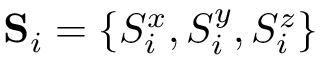
\mathbf { S } _ { i } = \{ S _ { i } ^ { x } , S _ { i } ^ { y } , S _ { i } ^ { z } \}